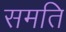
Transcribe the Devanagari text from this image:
समति